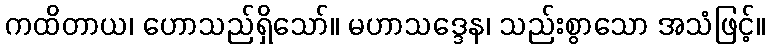
ကထိတာယ၊ ဟောသည်ရှိသော်။ မဟာသဒ္ဒေန၊ သည်းစွာသော အသံဖြင့်။